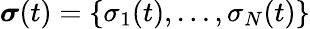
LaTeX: \boldsymbol{\sigma}(t)=\left\{ \sigma_{1}(t),\dots,\sigma_{N}(t)\right\}